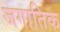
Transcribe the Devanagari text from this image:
जगातिक